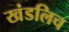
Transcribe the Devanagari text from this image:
खंडलिच